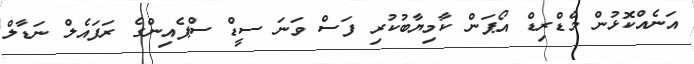
އަނެއްކޮޅުން މެޑްރިޑް އޯޕަން ކާމިޔާބުކުރި ފަސް ވަނަ ސީޑް ސްޕެއިންގެ ރަފައެލް ނަޑާލް